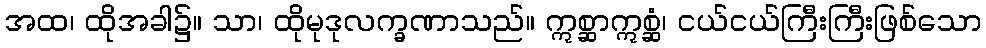
အထ၊ ထိုအခါ၌။ သာ၊ ထိုမုဒုလက္ခဏာသည်။ ဣစ္ဆာဣစ္ဆံ၊ ငယ်ငယ်ကြီးကြီးဖြစ်သော